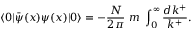
\langle 0 | \bar { \psi } ( x ) \psi ( x ) | 0 \rangle = - \frac { N } { 2 \pi } \ m \ \int _ { 0 } ^ { \infty } \frac { d k ^ { + } } { k ^ { + } } .